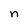
Character: n